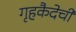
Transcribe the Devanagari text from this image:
गृहकैदेची